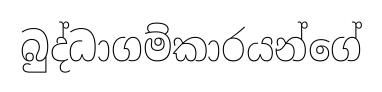
බුද්ධාගම්කාරයන්ගේ